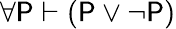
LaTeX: \forall\mathsf{P}\vdash(\mathsf{P}\lor\lnot\mathsf{P})